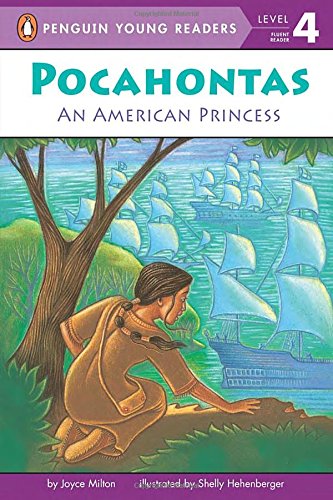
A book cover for Pocahontas: An American Princess (Penguin Young Readers, Level 4); Joyce Milton; Children's Books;